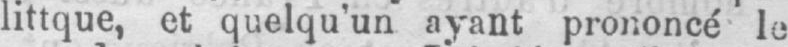
littque, et quelqu’un ayant prononcé le